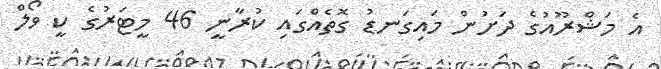
އެ މަޝްރޫއުގެ ދަށުން މައިގަނޑު ގޮތެއްގައި ކުރާނީ 46 މީޓަރުގެ ކީ ވޯލް